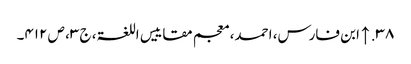
۳۸. ↑ ابن فارس، احمد، معجم مقاییس اللغۃ، ج ۳، ص ۴۱۲۔